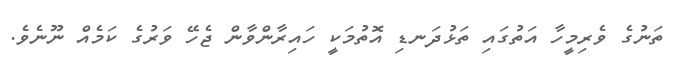
ތަނުގެ ވެރިމީހާ އަތުގައި ތަޅުދަނޑި އޮތުމަކީ ހައިރާންވާން ޖެހޭ ވަރުގެ ކަމެއް ނޫނެވެ.